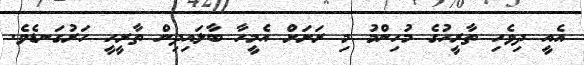
އެއީ ދިވެހި ތާރީހުގެ މުހިންމު މި ރަށަށް އެމީހާ ބާލައިދިން ތާރީހީ ހަރުގަނޑެވެ.